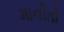
માનીતો